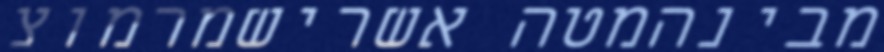
מבינהמטה אשרישמרמוצ